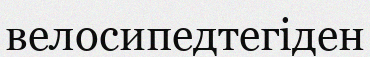
велосипедтегіден